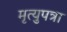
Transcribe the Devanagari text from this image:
मृत्युपत्रा